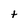
Character: t